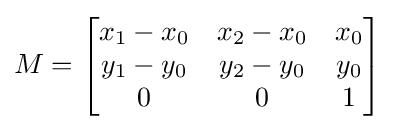
M={\begin{bmatrix}x_{1}-x_{0}&x_{2}-x_{0}&x_{0}\\y_{1}-y_{0}&y_{2}-y_{0}&y_{0}\\0&0&1\end{bmatrix}}